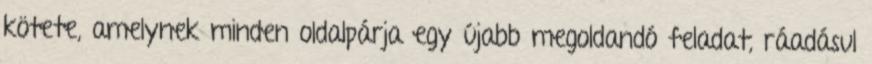
kötete, amelynek minden oldalpárja egy újabb megoldandó feladat, ráadásul